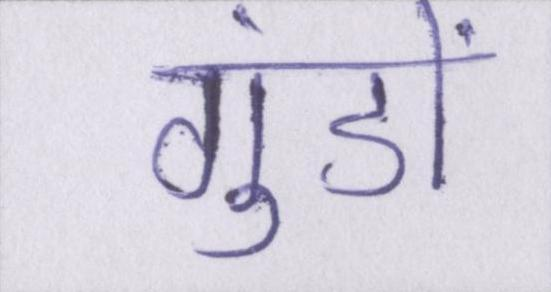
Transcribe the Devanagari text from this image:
गुंडों